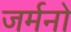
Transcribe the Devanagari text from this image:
जर्मनो